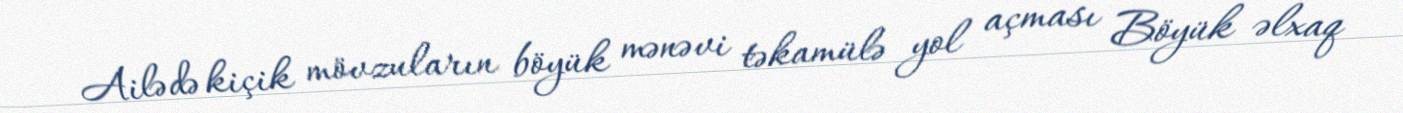
Ailədə kiçik mövzuların böyük mənəvi təkamülə yol açması Böyük əlxaq